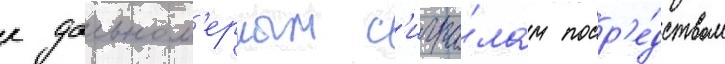
к дальном'ерным с'игна́лам поср'е́дством